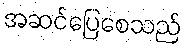
အဆင်ပြေစေသည်